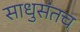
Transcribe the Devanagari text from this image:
साधुसंतच